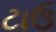
ટાઉ